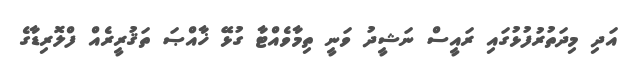
އަދި މިދަތުރުފުޅުގައި ރައީސް ނަޝީދު ވަނީ ތިމާވެއްޓާ ގުޅޭ ޚާއްޞަ ތަޤުރީރެއް ފްލޮރިޑާގެ